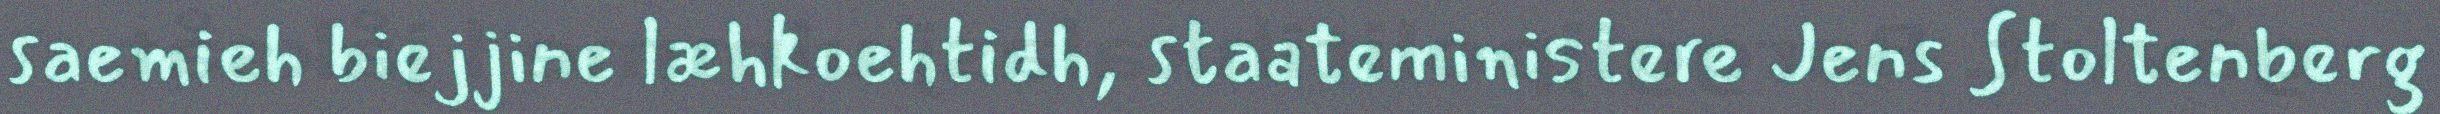
saemieh biejjine læhkoehtidh, staateministere Jens Stoltenberg